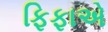
ફિફાએ